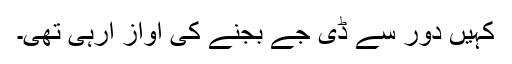
کہیں دور سے ڈی جے بجنے کی آواز آرہی تھی۔